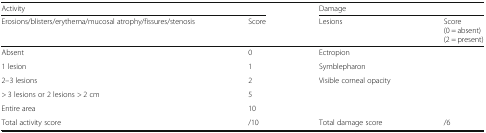
<table><thead><tr><td colspan="2"><b>Activity</b></td><td colspan="2"><b>Damage</b></td></tr><tr><td><b>Erosions/blisters/erythema/mucosal atrophy/fissures/stenosis</b></td><td><b>Score</b></td><td><b>Lesions</b></td><td><b>Score(0 = absent)(2 = present)</b></td></tr></thead><tbody><tr><td>Absent</td><td>0</td><td>Ectropion</td><td></td></tr><tr><td>1 lesion</td><td>1</td><td>Symblepharon</td><td></td></tr><tr><td>2–3 lesions</td><td>2</td><td>Visible corneal opacity</td><td></td></tr><tr><td>&gt; 3 lesions or 2 lesions &gt; 2 cm</td><td>5</td><td></td><td></td></tr><tr><td>Entire area</td><td>10</td><td></td><td></td></tr><tr><td>Total activity score</td><td>/10</td><td>Total damage score</td><td>/6</td></tr></tbody></table>